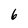
Character: 6